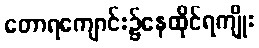
တောရကျောင်း၌နေထိုင်ရကျိုး